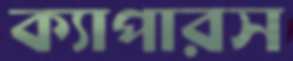
ক্যাপারস